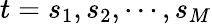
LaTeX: t=s_{1},s_{2},\cdots,s_{M}